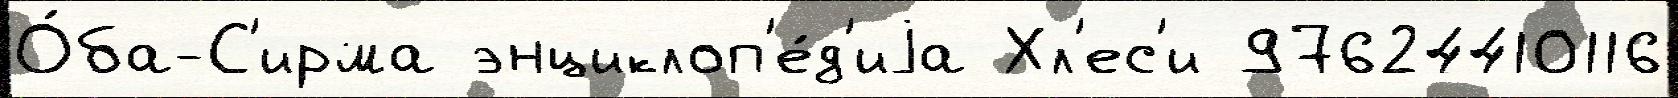
О́ба-С'ирма энциклоп'е́д'иjа Хл'ес'и 97624410116